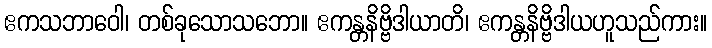
ဧကသဘာဝေါ၊ တစ်ခုသောသဘော။ ဧကန္တနိဗ္ဗိဒါယာတိ၊ ဧကန္တနိဗ္ဗိဒါယဟူသည်ကား။